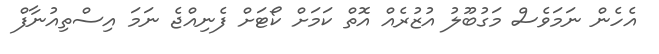
އެހެން ނަމަވެސް މަގުބޫލު އުޒުރެއް އޮތް ކަމަށް ކޯޓަށް ފެނިއްޖެ ނަމަ އިސްތިއުނާފް